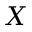
X